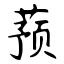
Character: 蓣